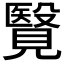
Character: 𧢂